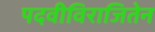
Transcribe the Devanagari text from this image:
पदवीविराजितेन